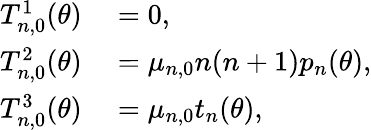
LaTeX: \begin{array}{rl}{T_{n,0}^{1}(\theta)}&{{}=0,}\\ {T_{n,0}^{2}(\theta)}&{{}=\mu_{n,0}n(n+1)p_{n}(\theta),}\\ {T_{n,0}^{3}(\theta)}&{{}=\mu_{n,0}t_{n}(\theta),}\end{array}